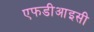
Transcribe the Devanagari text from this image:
एफडीआइसी